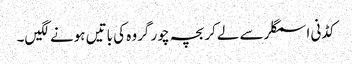
کڈنی اسمگلر سے لےکر بچہ چور گروہ کی باتیں ہونے لگیں۔